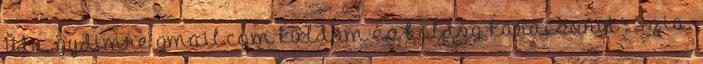
Üdv. gydimre gmail.com küldöm és boldog karácsonyt : Szia.